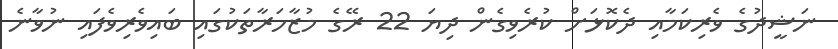
ނަޝީދުގެ ވެރިކަމާއި ދެކޮޅަށް ކުރެވިގެން ދިޔަ 22 ރޭގެ މުޒާހަރާތަކުގައި ބައިވެރިވެފައި ނުވާނެ